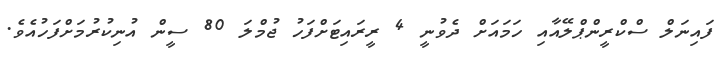
ފައިނަލް ސްކްރީންޕްލޭއާއި ހަމައަށް ދެވުނީ 4 ރީރައިޓަށްފަހު ޖުމްލަ 80 ސީން އުނިކުރުމަށްފަހުއެވެ.